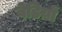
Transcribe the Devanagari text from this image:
बेडिय़ों